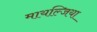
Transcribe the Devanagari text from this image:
मायल्जिया